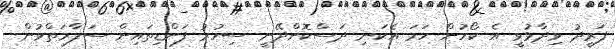
ފަރީދު ވިދާޅުވީ އެ ކޯހުން ހަމަ އެކަނި ދަސްކޮށްދޭނީ ސިހުރު ފަންޑިތައިން ސަލާމަތްވުން